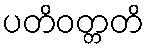
ပတိဝတ္တတိ